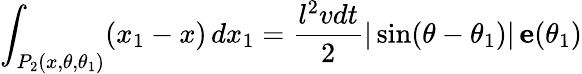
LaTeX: \int_{P_{2}(x,\theta,\theta_{1})}(x_{1}-x)\, dx_{1}{}={}\frac{l^{2}vdt}{2}|\sin(\theta-\theta_{1})|\, {\mathbf e}(\theta_{1})